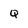
Character: Q